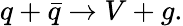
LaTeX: q+\bar{q}\rightarrow V+g.